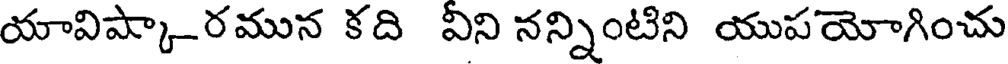
యావిష్కా-రమున కది విని నన్నింటిని యుపయోగించు